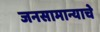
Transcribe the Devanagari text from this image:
जनसामान्याचे